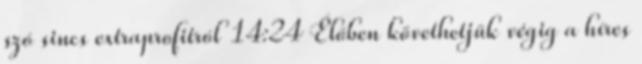
szó sincs extraprofitról 14:24 Élőben követhetjük végig a híres